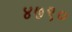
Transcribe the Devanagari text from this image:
४७९०